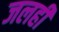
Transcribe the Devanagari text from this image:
जलहीं